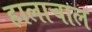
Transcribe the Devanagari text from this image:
हालाचाल